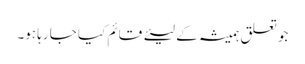
جو تعلق ہمیشہ کے لیئے قائم کیا جا رہا ہو۔